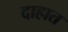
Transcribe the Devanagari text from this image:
दाहात